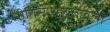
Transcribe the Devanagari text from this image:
नीतिसारमुक्तावली